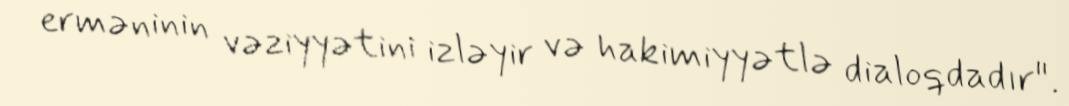
erməninin vəziyyətini izləyir və hakimiyyətlə dialoqdadır".